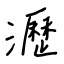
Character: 瀝